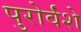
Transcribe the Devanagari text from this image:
पुरोर्वंशे